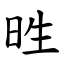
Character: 甠